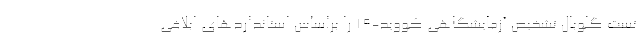
تست گلوبال تشخیص آزمایشگاهی کووید-۱۹ را براساس استانداردهای ابلاغی